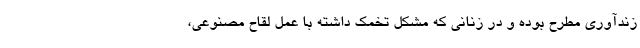
زندآوری مطرح بوده و در زنانی که مشکل تخمک داشته با عمل لقاح مصنوعی،